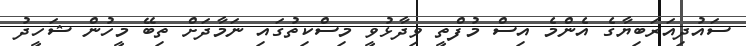
ސައުދިއަރަބިޔާގެ އެންމެ އިސް މުފްތީ ވިދާޅުވީ މިސްކިތުުގައި ނަމާދަށް ތިބޭ މީހުން ޝަހީދު